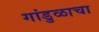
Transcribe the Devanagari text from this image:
गांडुळाचा